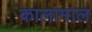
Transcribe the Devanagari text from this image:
कालामाल